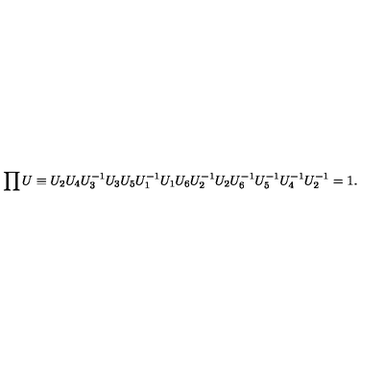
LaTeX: \prod U \equiv U _ { 2 } U _ { 4 } U _ { 3 } ^ { - 1 } U _ { 3 } U _ { 5 } U _ { 1 } ^ { - 1 } U _ { 1 } U _ { 6 } U _ { 2 } ^ { - 1 } U _ { 2 } U _ { 6 } ^ { - 1 } U _ { 5 } ^ { - 1 } U _ { 4 } ^ { - 1 } U _ { 2 } ^ { - 1 } = 1 .